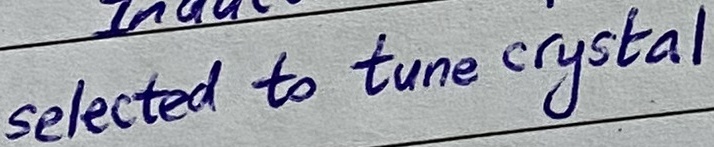
Text: selected to tune crystal